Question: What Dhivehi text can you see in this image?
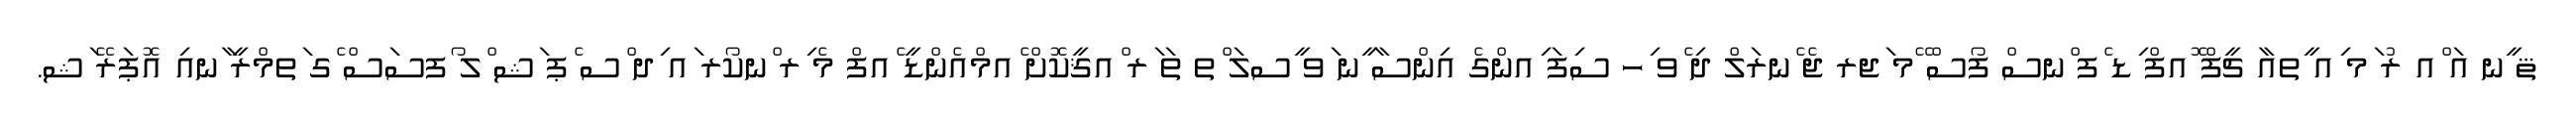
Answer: ޘ ީނ އަ ްއ ރު ަމ ިއ ީތއާ ޗީފް ޮއފް ިޑ ެފ ްނސް ފޯސް ޭމ ަޖރ ޖެ ެނރަލް ދި ެވ ިހ ސިފަ ިއންގެ އިންސާ ީނ ަވ ީސލަ ްތ ތަ ަރ ްއޤީކޮށް ެއމްއެންޑީ ެއފް މެ ިރ ްނކޯރ ައ ިދ ްސ ެޕ ަޝ ްލ ޯފސަސް ެގ ަތމްރީ ާނއި އޮޕަރޭ ަޝ.